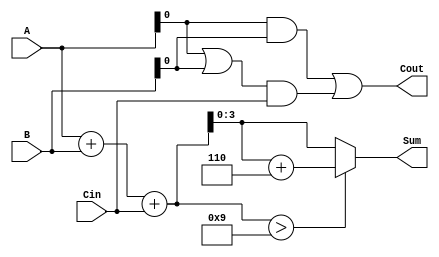
module BCD_Carry_Lookahead_Adder (
    input  [3:0] A,      // BCD digit A
    input  [3:0] B,      // BCD digit B
    input        Cin,     // Carry-in
    output reg [3:0] Sum, // BCD Sum
    output reg Cout       // Carry-out
);

    wire [4:0] S;        // Intermediate sum (5 bits to accommodate carry)
    wire P;              // Propagate signal
    wire G;              // Generate signal
    wire Correction;     // Correction needed signal

    // Initial sum calculation
    assign S = A + B + Cin;

    // Carry generation and propagation
    assign P = A | B;    // Propagate signal
    assign G = A & B;    // Generate signal

    // Carry lookahead logic
    always @(*) begin
        Cout = G | (P & Cin); // Carry-out calculation
    end

    // BCD correction logic
    assign Correction = (S > 9); // Check if correction is needed

    // Final BCD Sum calculation
    always @(*) begin
        if (Correction) begin
            Sum = S[3:0] + 4'b0110; // Add 6 if correction is needed
        end else begin
            Sum = S[3:0]; // No correction needed
        end
    end

endmodule